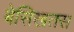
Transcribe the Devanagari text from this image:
बेसिखतस